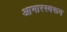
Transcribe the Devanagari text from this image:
आभारस्वरूप